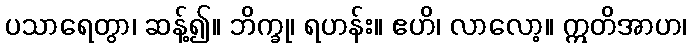
ပသာရေတွာ၊ ဆန့်၍။ ဘိက္ခု၊ ရဟန်း။ ဧဟိ၊ လာလော့။ ဣတိအာဟ၊